DOW-UAP-D23, Mission Report, United Arab Emirates, October 2023
Agency: Department of War
Incident date: 10/31/23
Incident location: Persian Gulf
Page 7
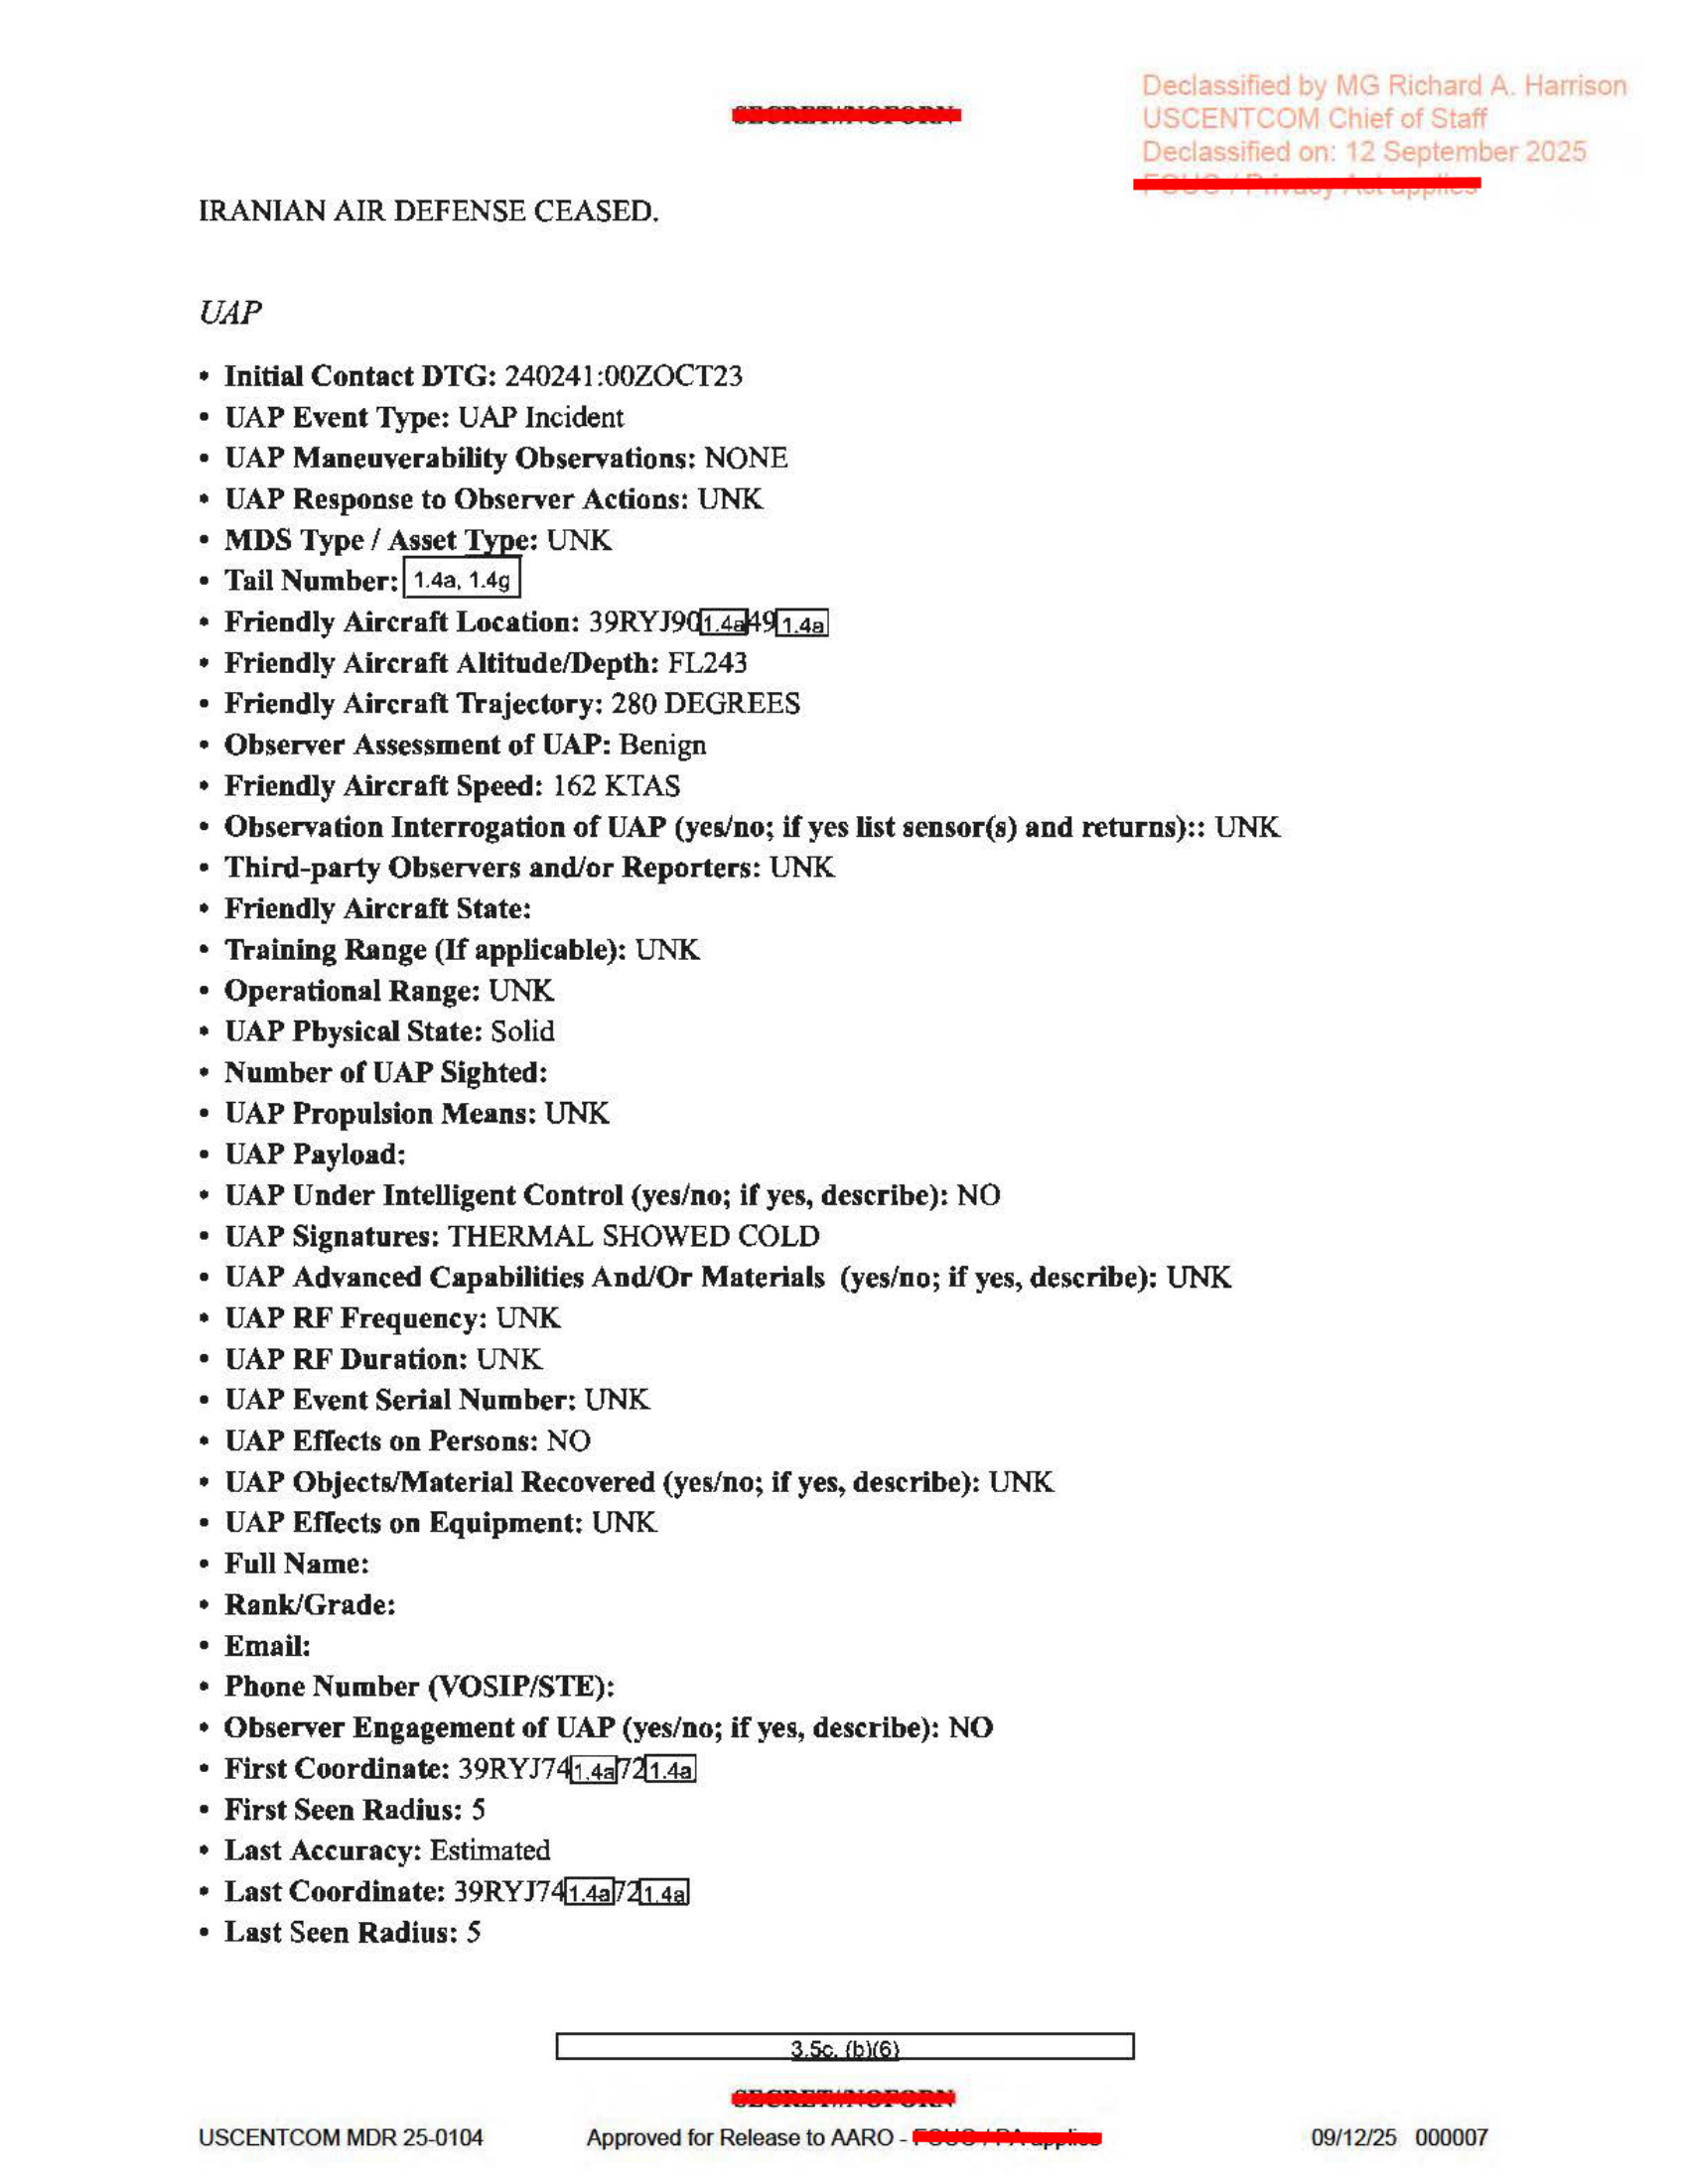